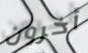
أخرون